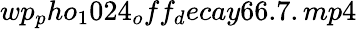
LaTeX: wp_{p}ho_{1}024_{o}ff_{d}ecay66.7.mp4